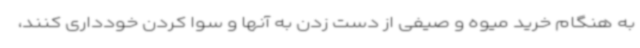
به هنگام خرید میوه و صیفی از دست زدن به آنها و سوا کردن خودداری کنند،